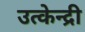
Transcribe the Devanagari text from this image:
उत्केन्द्री